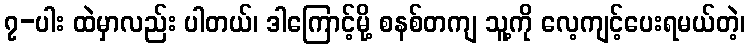
၇-ပါး ထဲမှာလည်း ပါတယ်၊ ဒါကြောင့်မို့ စနစ်တကျ သူ့ကို လေ့ကျင့်ပေးရမယ်တဲ့၊